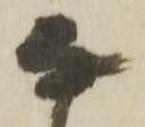
な